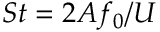
S t = 2 A f _ { 0 } / U